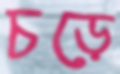
চড়ে